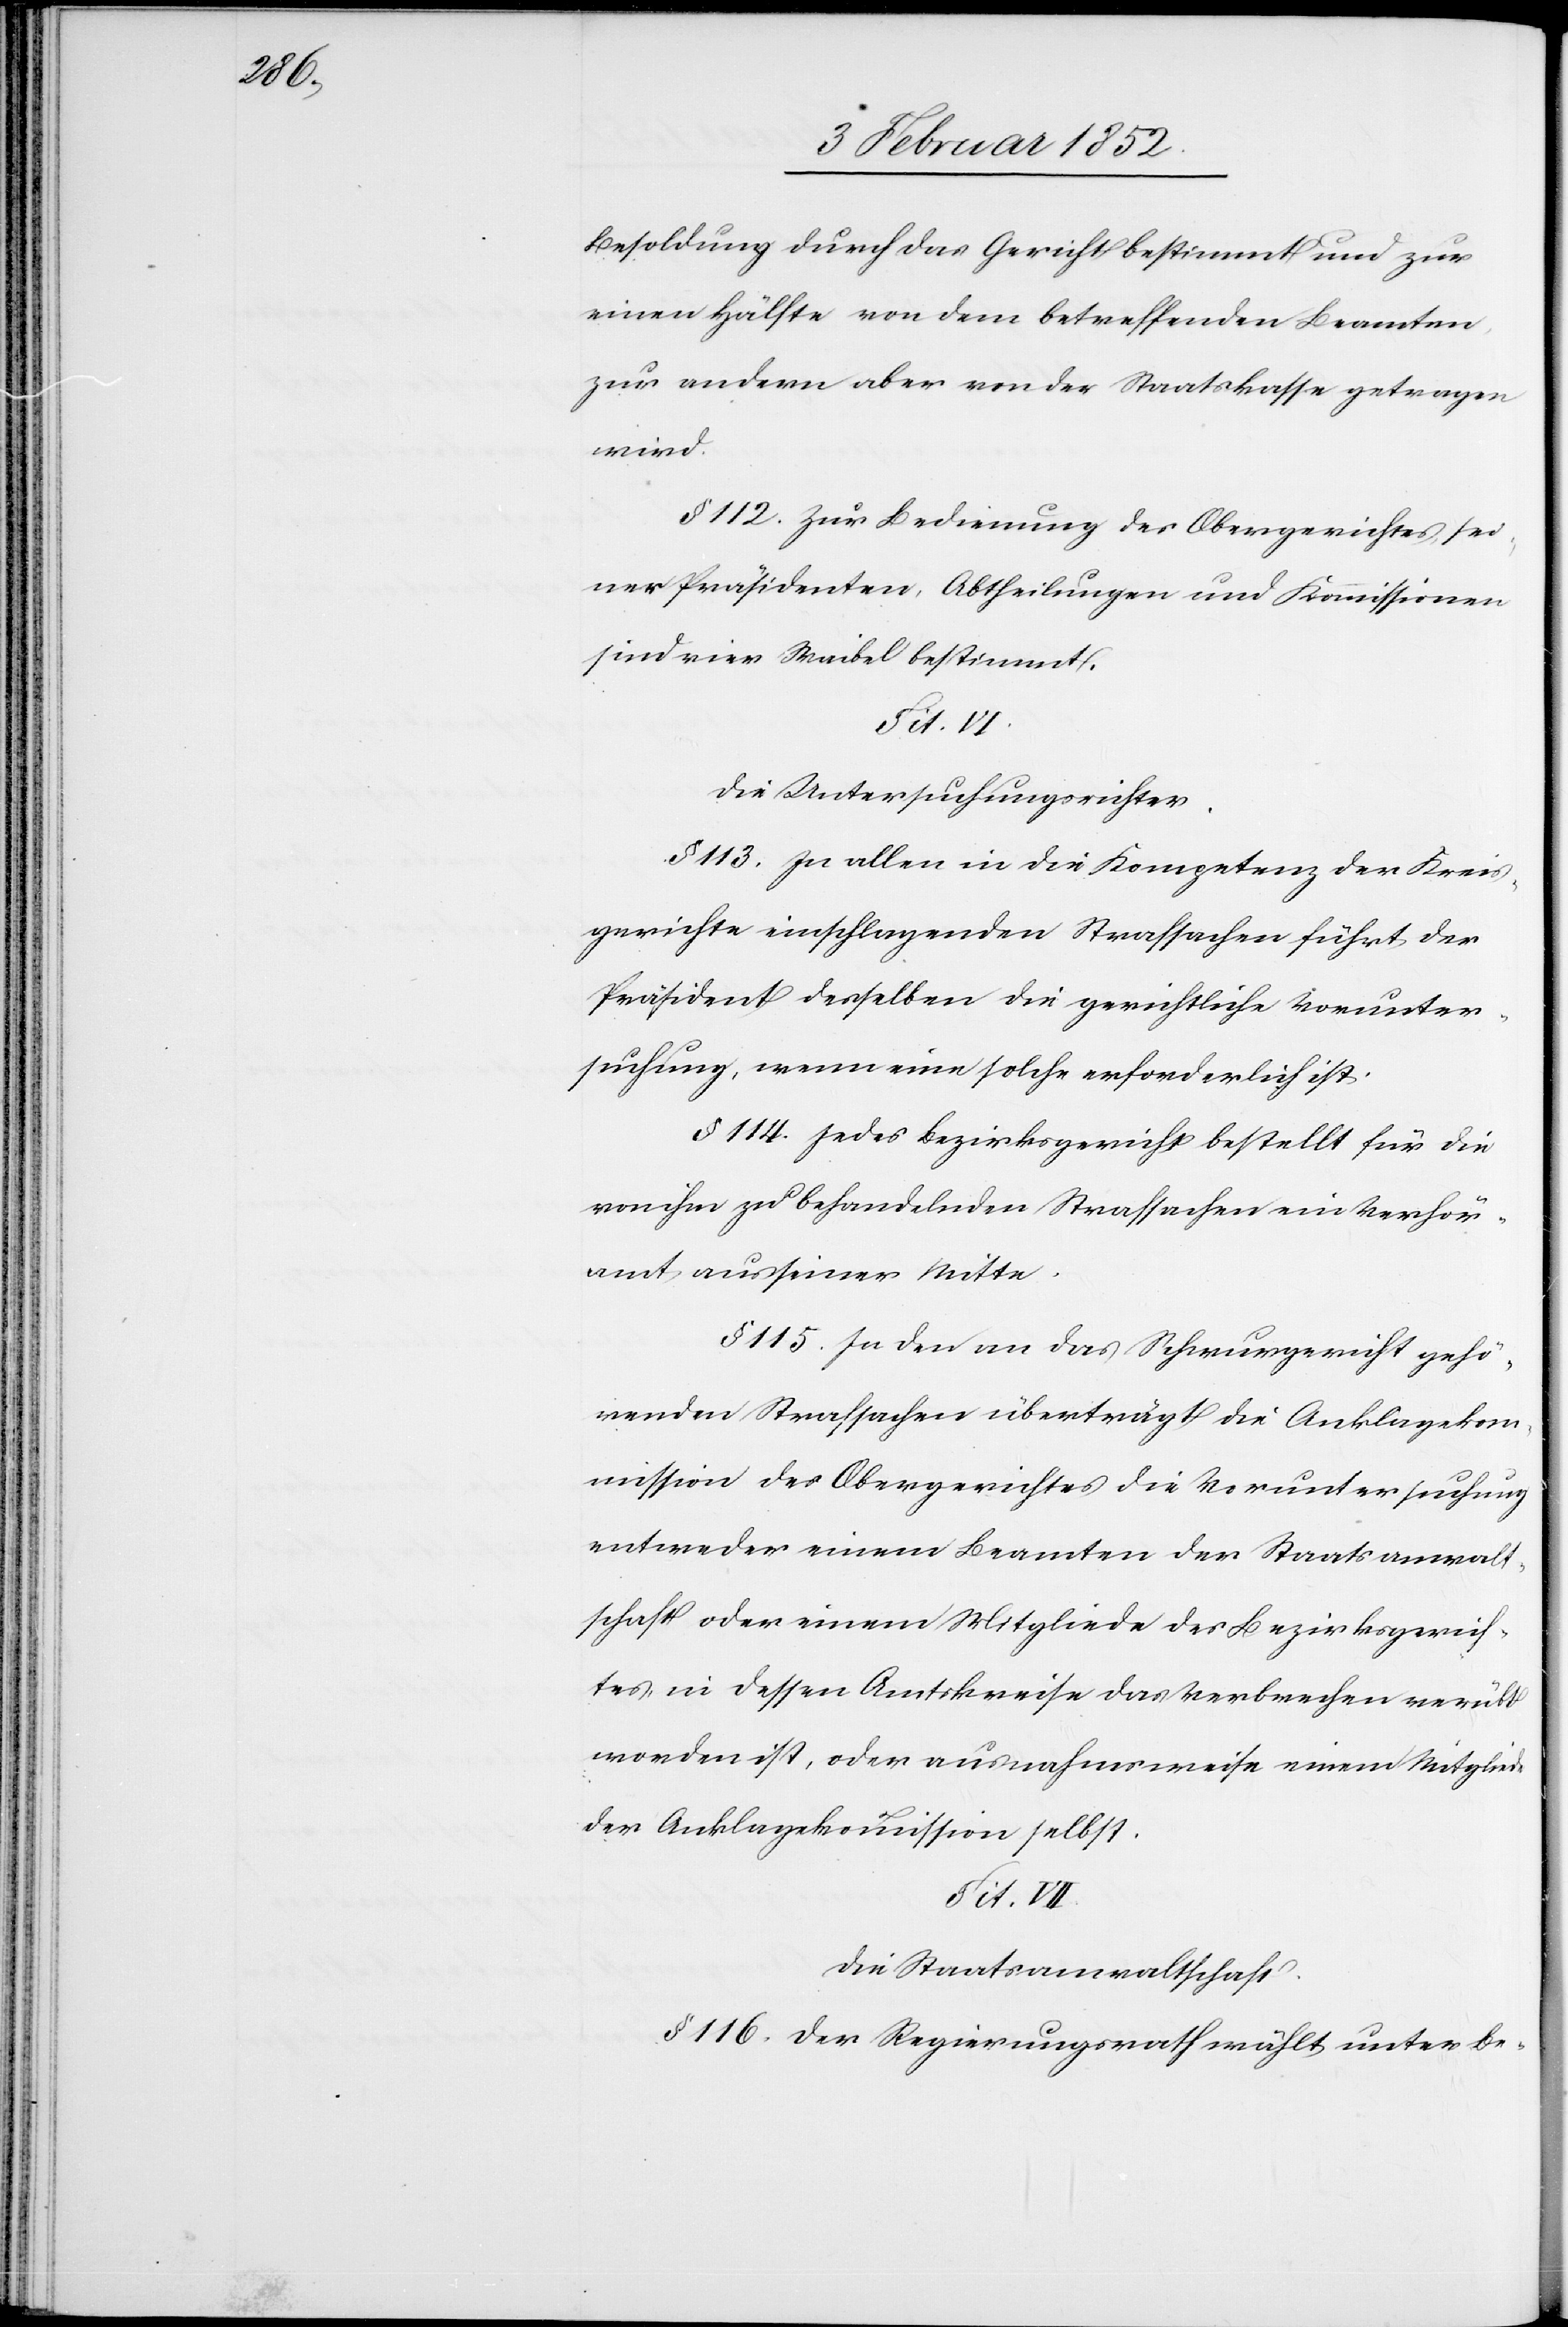
Besoldung durch das Gericht bestimmt und zur
einen Hälfte von dem betreffenden Beamten
zur andern aber von der Staatskasse getragen
wird.
§ 112. Zur Bedienung des Obergerichtes, sei¬
ner Präsidenten, Abtheilungen und Kommissionen
sind vier Waibel bestimmt.
Tit. VII.
Die Untersuchungsrichter.
§ 113. In allen in die Kompetenz der Kreis¬
gerichte einschlagenden Strafsachen führt der
Präsident desselben die gerichtliche Vorunter¬
suchung, wenn eine solche erforderlich ist.
§ 114. Jedes Bezirksgericht bestellt für die
von ihm zu behandelnden Strafsachen ein Verhör¬
amt, aus seiner Mitte.
§ 115. In den an das Schwurgericht gehö¬
renden Strafsachen überträgt die Anklagekom¬
mission des Obergerichtes die Voruntersuchung
entweder einem Beamten der Staatsanwalt¬
schaft oder einem Mitgliede des Bezirksgerich¬
tes, in dessen Amtskreise das Verbrechen verübt
worden ist, oder ausnahmsweise einem Mitgliede
der Anklagekommission selbst.
Die Staatsanwaltschaft.
§ 116. Der Regierungsrath wählt, unter Be-